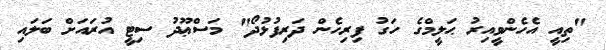
"ތިއީ އެހެންވީއިރު ޙަލީމްގެ ހަގު ފިރިހެން ދަރިފުޅުދޯ" މަސްޢޫދު ސިޓީ އުރައަށް ބަލައި